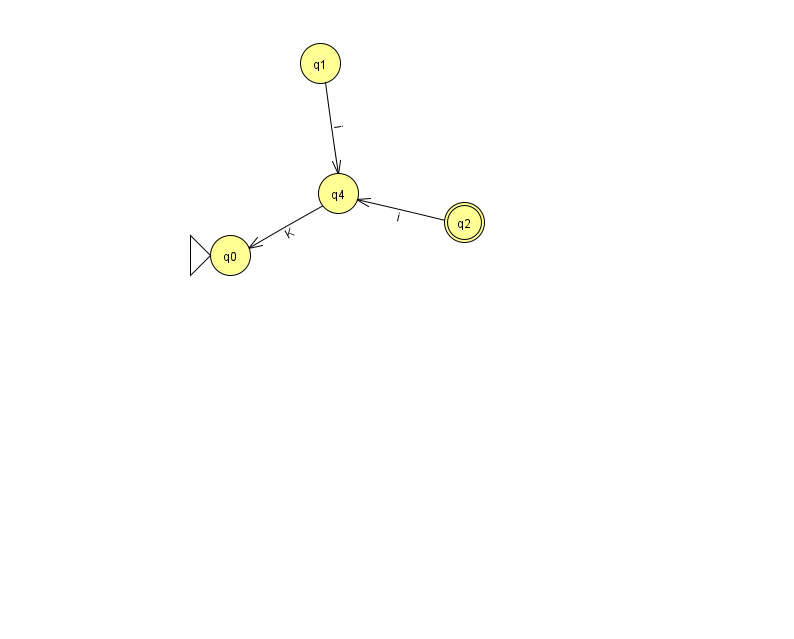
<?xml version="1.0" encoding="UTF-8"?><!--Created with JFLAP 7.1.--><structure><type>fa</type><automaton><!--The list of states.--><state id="0" name="q0"><x>230.0</x><y>242.0</y><initial/></state><state id="1" name="q1"><x>320.0</x><y>50.0</y></state><state id="2" name="q2"><x>464.0</x><y>209.0</y><final/></state><state id="4" name="q4"><x>338.0</x><y>180.0</y></state><!--The list of transitions.--><transition><from>1</from><to>4</to><read>i</read></transition><transition><from>4</from><to>0</to><read>K</read></transition><transition><from>2</from><to>4</to><read>i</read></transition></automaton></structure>